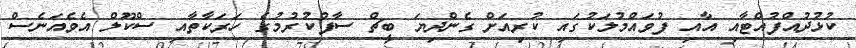
ކުޅުދުއްފުއްޓާއި އާއި ފުވައްމުލަކުގައި ކުރިއަށް ގެންދިޔަ ބީޗް ސާފުކުރުމުގެ ހަރަކާތާއި ސްކޫލް އެވެއަނެސް